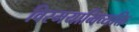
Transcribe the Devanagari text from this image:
विस्मयाभिव्यक्ति